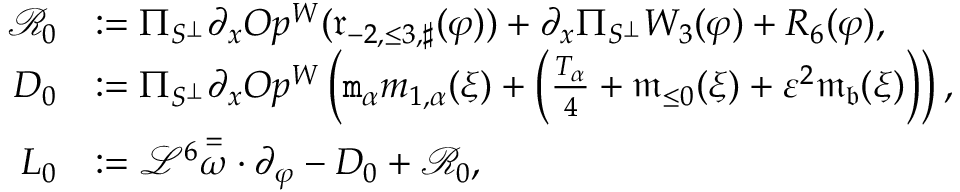
\begin{array} { r l } { \mathcal { R } _ { 0 } } & { : = \Pi _ { S ^ { \perp } } \partial _ { x } O p ^ { W } ( \mathfrak { r } _ { - 2 , \le 3 , \sharp } ( \varphi ) ) + \partial _ { x } \Pi _ { S ^ { \perp } } W _ { 3 } ( \varphi ) + R _ { 6 } ( \varphi ) , } \\ { D _ { 0 } } & { : = \Pi _ { S ^ { \perp } } \partial _ { x } O p ^ { W } \left( \mathtt { m } _ { \alpha } m _ { 1 , \alpha } ( \xi ) + \left( \frac { T _ { \alpha } } 4 + \mathfrak { m } _ { \le 0 } ( \xi ) + \varepsilon ^ { 2 } \mathfrak { m } _ { \mathfrak { b } } ( \xi ) \right) \right) , } \\ { L _ { 0 } } & { : = \mathcal { L } ^ { 6 } \overset = \omega \cdot \partial _ { \varphi } - D _ { 0 } + \mathcal { R } _ { 0 } , } \end{array}